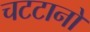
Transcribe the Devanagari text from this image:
चटटानों